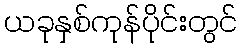
ယခုနှစ်ကုန်ပိုင်းတွင်